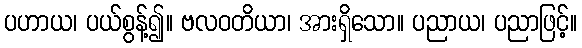
ပဟာယ၊ ပယ်စွန့်၍။ ဗလဝတိယာ၊ အားရှိသော။ ပညာယ၊ ပညာဖြင့်။